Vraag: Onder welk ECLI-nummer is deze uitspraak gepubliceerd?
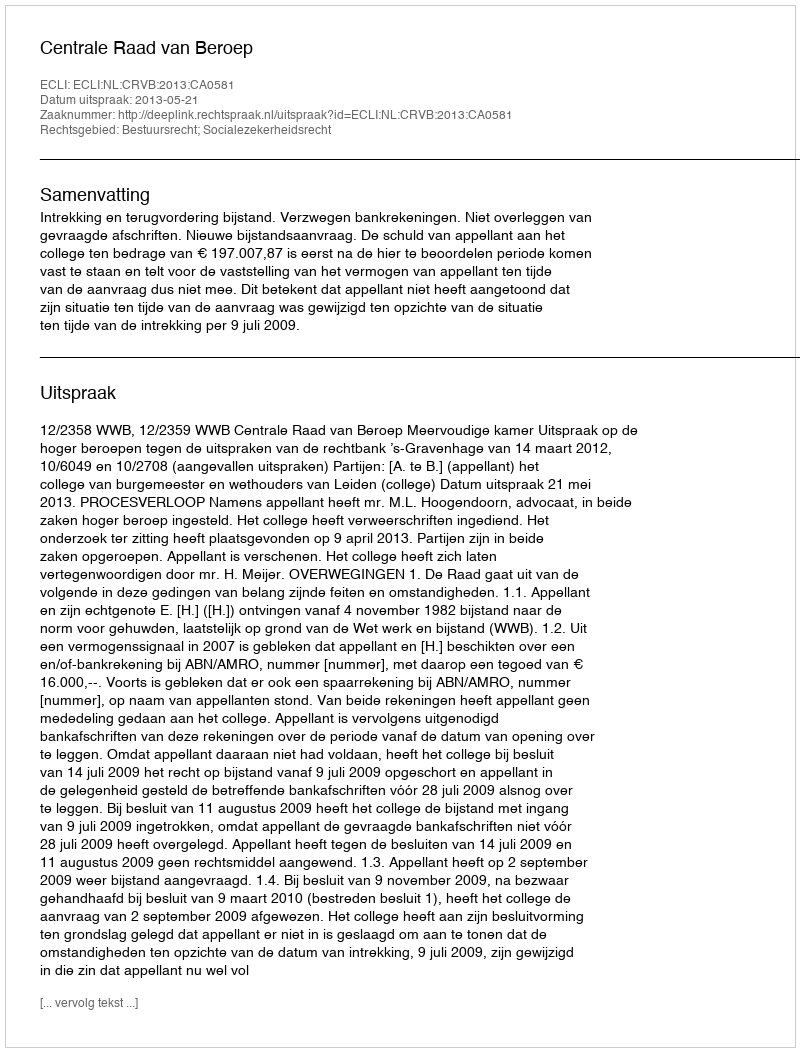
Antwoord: ECLI:NL:CRVB:2013:CA0581